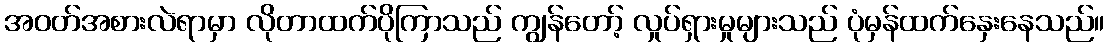
အဝတ်အစားလဲရာမှာ လိုတာထက်ပိုကြာသည် ကျွန်တော့် လှုပ်ရှားမှုများသည် ပုံမှန်ထက်နှေးနေသည်။